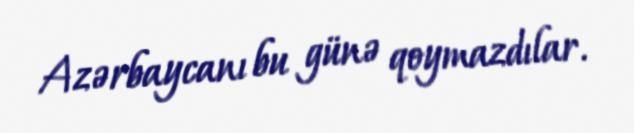
Azərbaycanı bu günə qoymazdılar.